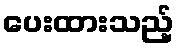
ပေးထားသည့်